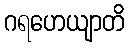
ဂရဟေယျာတိ